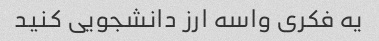
یه فکری واسه ارز دانشجویی کنید